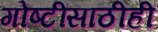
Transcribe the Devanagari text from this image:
गोष्टींसाठीही